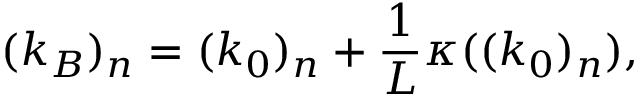
( k _ { B } ) _ { n } = ( k _ { 0 } ) _ { n } + \frac { 1 } { L } \kappa ( ( k _ { 0 } ) _ { n } ) ,